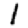
Digit: 1